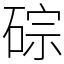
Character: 碂